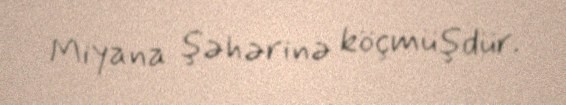
Miyana şəhərinə köçmüşdür.